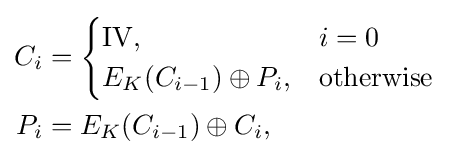
{\begin{aligned}C_{i}&={\begin{cases}{\text{IV}},&i=0\\E_{K}(C_{i-1})\oplus P_{i},&{\text{otherwise}}\end{cases}}\\P_{i}&=E_{K}(C_{i-1})\oplus C_{i},\end{aligned}}